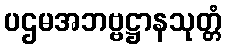
ပဌမအဘဗ္ဗဋ္ဌာနသုတ္တံ